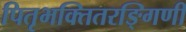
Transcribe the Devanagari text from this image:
पितृभक्तितरङ्गिणी